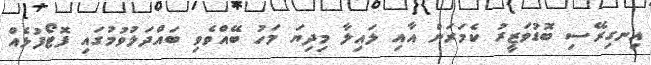
އިނގިރޭސި ބޮޑުވަޒީރު ކެމަރަން އާއި ލައިލާ މިދިޔަ މަހު ބޭއްވެވި ބައްދަލުވުމުގައި ފޮޓޯފުޅެއް